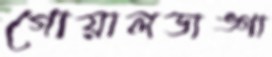
গোয়ালডাঙ্গা